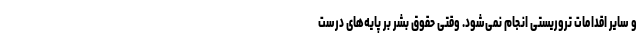
و سایر اقدامات تروریستی انجام نمی‌شود. وقتی حقوق بشر بر پایه‌های درست